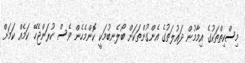
މިސްކިތްތަކުގެ އިމާމުން ދައުލަތުގެ އެންގުންތަކަށް ބޯލެނބުމަކީ ކޮންމެހެން ވެސް ކުރަންޖެހޭ ކަަމެއް ކަަމަށް